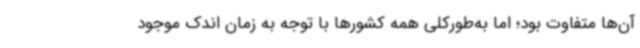
آن‌ها متفاوت بود؛ اما به‌طورکلی همه کشورها با توجه به زمان اندک موجود